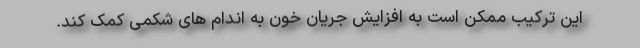
این ترکیب ممکن است به افزایش جریان خون به اندام های شکمی کمک کند.